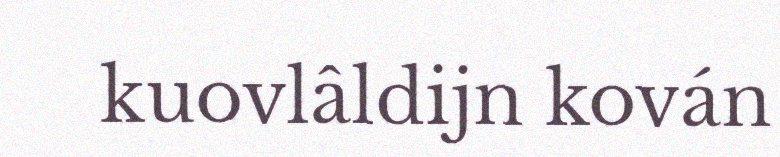
kuovlâldijn kován